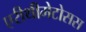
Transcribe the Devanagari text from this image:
एरीथीमेटोसस